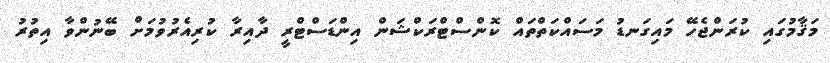
މަޤާމުގައި ކުރަންޖެހޭ މައިގަނޑު މަސައްކަތްތައް ކޮންސްޓްރަކްޝަން އިންޑަސްޓްރީ ދާއިރާ ކުރިއެރުވުމަށް ބޭނުންވާ އިތުރު